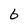
Character: 6